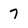
Character: 7